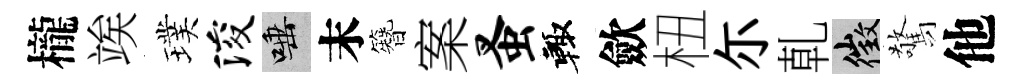
櫳竢璞浚唾末簪案蚤輙歛杻尓乹徵驚他